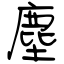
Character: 塵